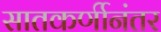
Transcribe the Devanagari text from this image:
सातकर्णीनंतर